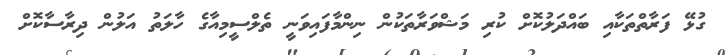
ގުޅޭ ފަރާތްތަކާއި ބައްދަލުކޮށް ކުރި މަޝްވަރާތަކުން ނިންމާފައިވަނީ ތެލްސީމިއާގެ ހާލަތު އަލުން ދިރާސާކޮށް